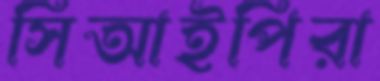
সিআইপিরা